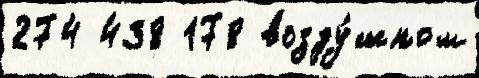
274 438 178 возду́шном